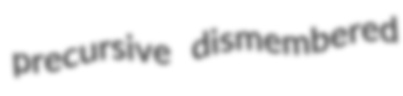
precursive dismembered